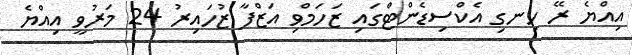
އިއްޔެ ރޭ ހިނގި އެކްސިޑެންޓްގައި ޒަހަމްވި އަޒްފާ ޒުހައިރު 24 މަރުވީ އިއްޔެ